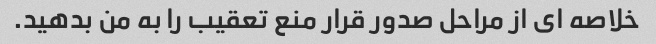
خلاصه ای از مراحل صدور قرار منع تعقیب را به من بدهید.